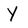
Character: Y